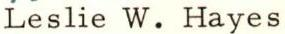
Leslie W. Hayes